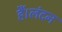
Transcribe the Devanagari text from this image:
हैं।लंदन